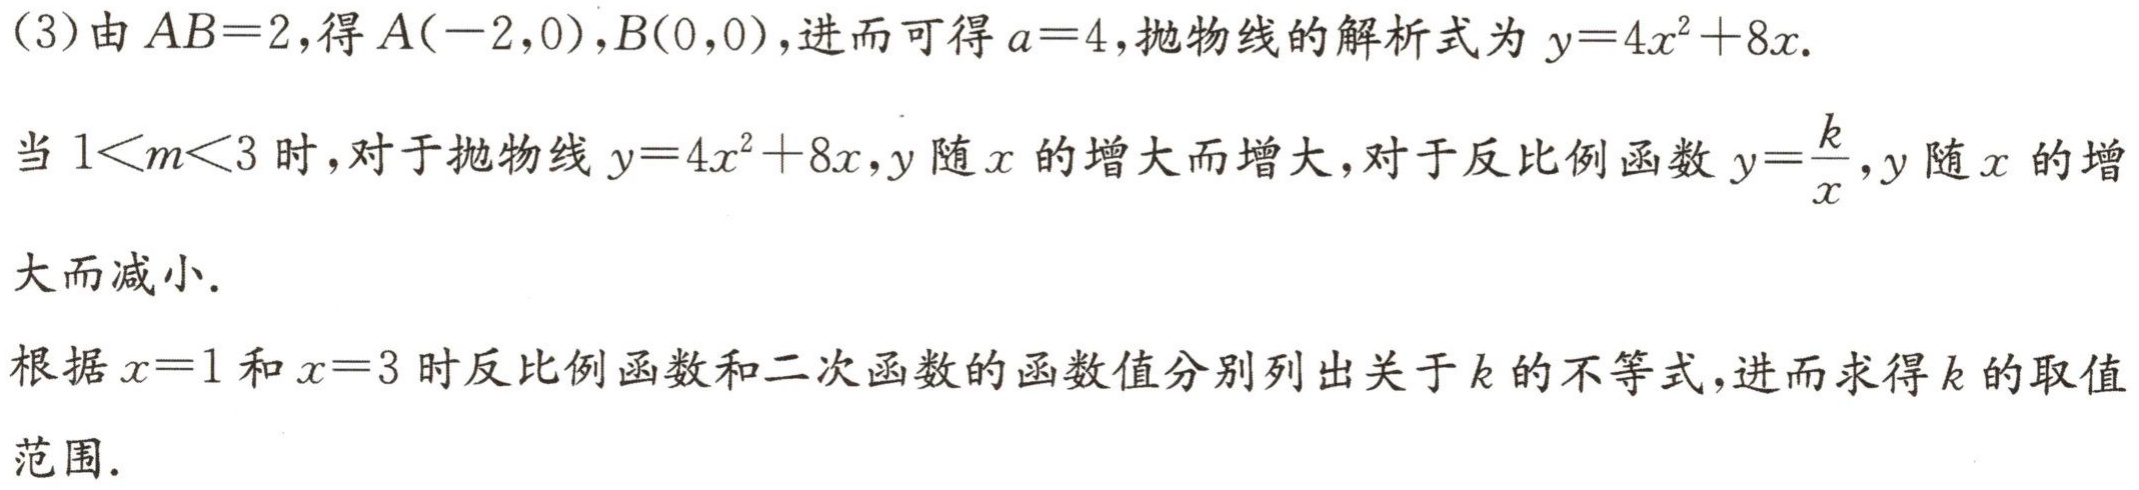
(3)由 \(AB = 2\)，得 \(A(-2,0)\)，\(B(0,0)\)，进而可得 \(a = 4\)，抛物线的解析式为 \(y = 4x^{2}+8x\)。

当 \(1<m<3\) 时，对于抛物线 \(y = 4x^{2}+8x\)，\(y\) 随 \(x\) 的增大而增大，对于反比例函数 \(y=\frac{k}{x}\)，\(y\) 随 \(x\) 的增大而减小。

根据 \(x = 1\) 和 \(x = 3\) 时反比例函数和二次函数的函数值分别列出关于 \(k\) 的不等式，进而求得 \(k\) 的取值范围。